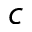
c